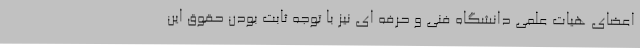
اعضای هیات علمی دانشگاه فنی و حرفه ای نیز با توجه ثابت بودن حقوق این